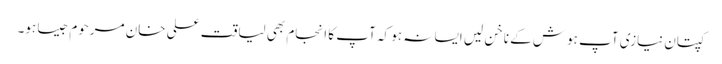
کپتان نیازی آپ ہوش کے ناخن لیں ایسا نہ ہو کہ آپ کا انجام بھی لیاقت علی خان مرحوم جیسا ہو۔